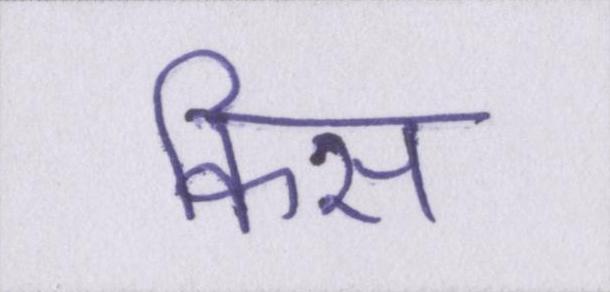
किस